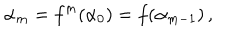
\alpha _ { m } = f ^ { m } ( \alpha _ { 0 } ) = f ( \alpha _ { m - 1 } ) \, ,